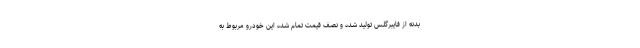
بدنه از فایبرگلس تولید شده و نصف قیمت تمام شده این خودرو مربوط به